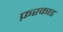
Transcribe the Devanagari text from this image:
फ़रकाड